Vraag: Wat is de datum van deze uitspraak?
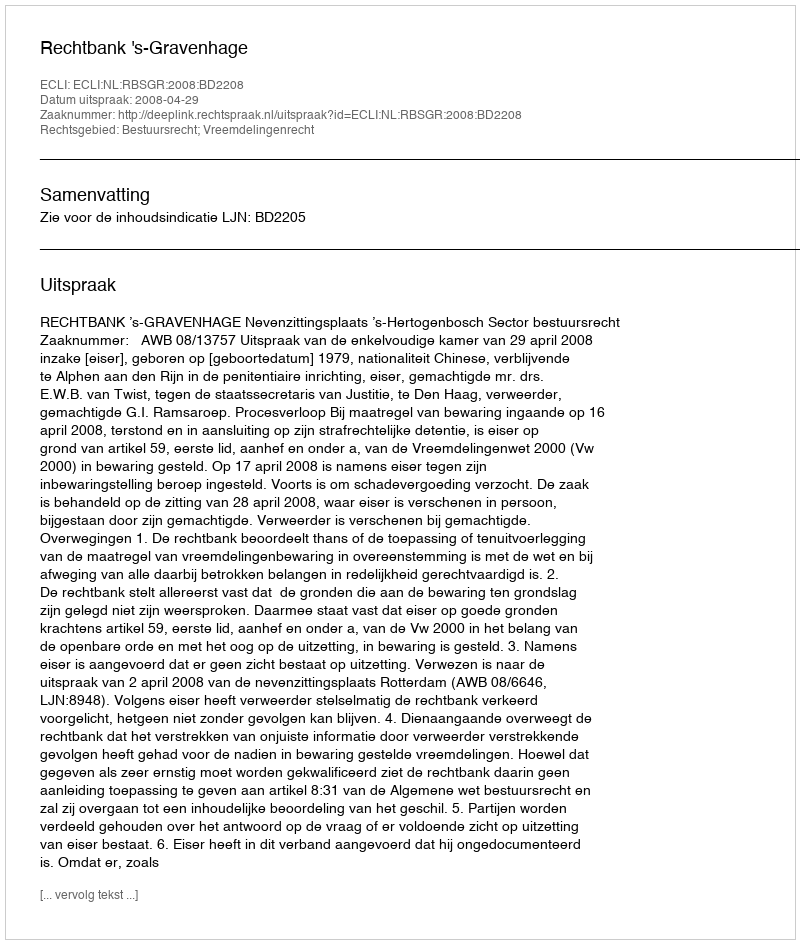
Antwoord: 2008-04-29